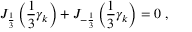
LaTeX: J _ { \frac { 1 } { 3 } } \left( \frac { 1 } { 3 } \gamma _ { k } \right) + J _ { - \frac { 1 } { 3 } } \left( \frac { 1 } { 3 } \gamma _ { k } \right) = 0 \, \, ,